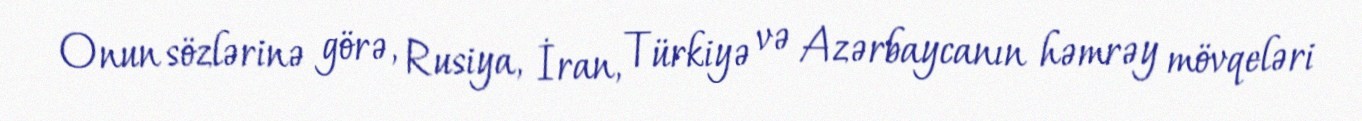
Onun sözlərinə görə, Rusiya, İran, Türkiyə və Azərbaycanın həmrəy mövqeləri